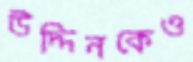
উদ্দিনকেও